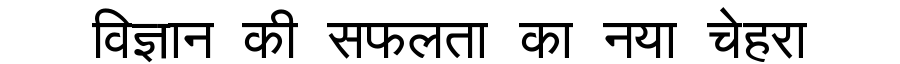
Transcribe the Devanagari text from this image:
विज्ञान की सफलता का नया चेहरा